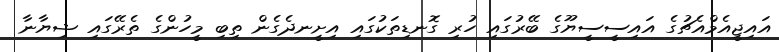
އައިޖީއެމްއެޗުގެ އައިސީސީޔޫގެ ބޭރުގައި ހުރި ގޮނޑިތަކުގައި އިށީނދެގެން ތިބި މީހުންގެ ތެރޭގައި ޝިޔާނާ